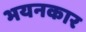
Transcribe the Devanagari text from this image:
भयनकार